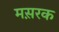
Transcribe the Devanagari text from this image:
मस़रक